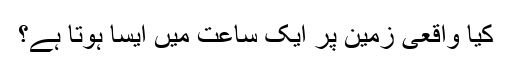
کیا واقعی زمین پر ایک ساعت میں ایسا ہوتا ہے؟